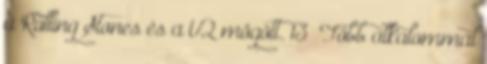
a Rolling Stones és a U2 mögött. 13 Több alkalommal